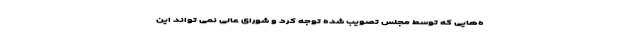
ه‌هایی که توسط مجلس تصویب شده توجه کرد و شورای عالی نمی تواند این